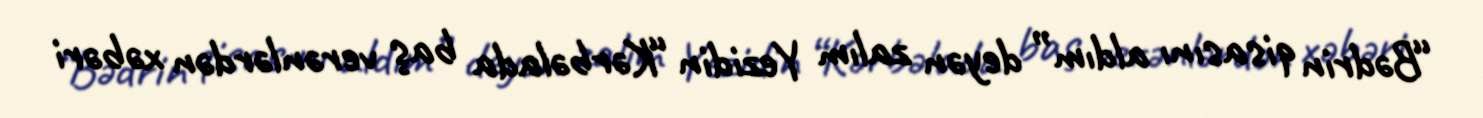
“Bədrin qisasını aldım” deyən zalım Yezidin “Kərbəlada baş verənlərdən xəbəri